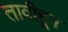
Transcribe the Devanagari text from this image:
तावीहून